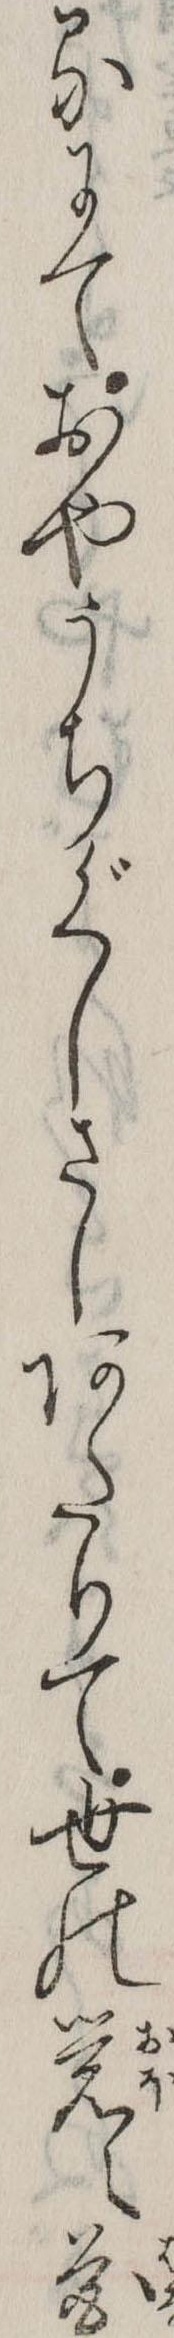
るにておやうちぐしさしあたりて世の覚え花